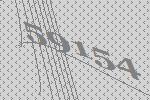
59154